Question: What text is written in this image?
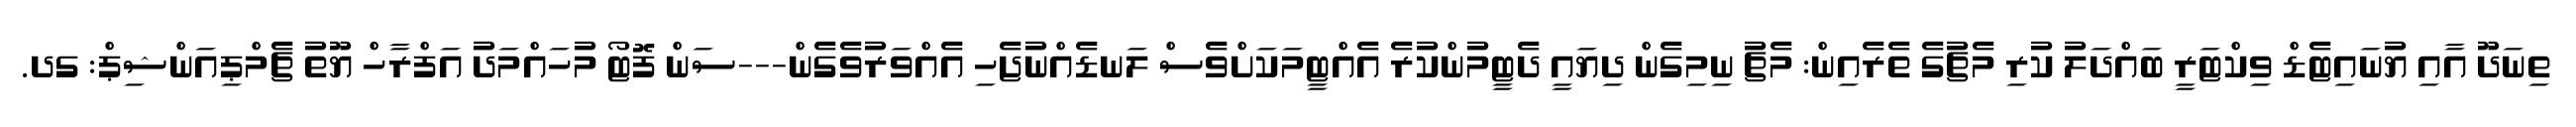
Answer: ތިނަދޫ އާއި ޔުނައިޓެޑް ވިކްޓަރީ ބައްދަލު ކުރި މެޗުގެ ތެރެއިން: މެޗު ނިމިގެން ދިޔައީ ދެޓީމުންކުރެ އެއްޓީމަކަށްވެސް ލަނޑެއްނުޖެހި އެއްވަރުވެގެން---ސަން ފޮޓޯ މުހައްމަދު އަފްރާހް ޔޫތު ޗެމްޕިއަންޝިޕް: ގދ.